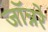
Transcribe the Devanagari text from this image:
जॉन्नरे